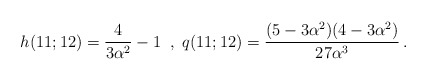
\begin{align*}h(11;12) = \frac 4{3\alpha^2}-1 \;\;,\;q(11;12) = \frac{(5-3\alpha^2)(4-3\alpha^2)}{27\alpha^3}\,.\end{align*}